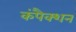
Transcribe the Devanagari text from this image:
कंपैक्शन